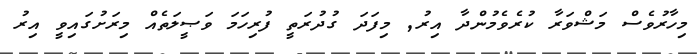
މިހާރުވެސް މަޝްވަރާ ކުރެވެމުންދާ އިރު